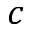
c